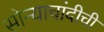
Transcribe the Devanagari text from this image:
सोन्याचांदीची